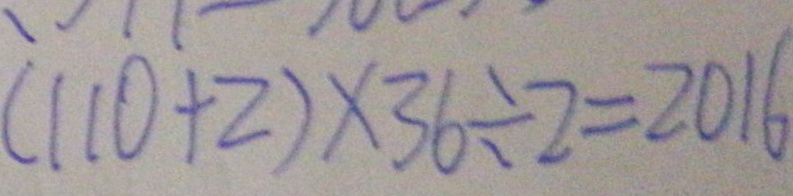
( 1 1 0 + 2 ) \times 3 6 \div 2 = 2 0 1 6